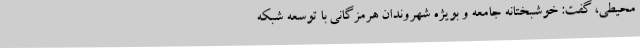
محیطی، گفت: خوشبختانه جامعه و بویژه شهروندان هرمزگانی با توسعه شبکه